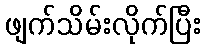
ဖျက်သိမ်းလိုက်ပြီး